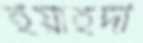
ইয়াহদী